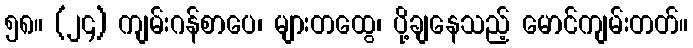
၅၈။ (၂၄) ကျမ်းဂန်စာပေ၊ များတထွေ၊ ပို့ချနေသည့် မောင်ကျမ်းတတ်။